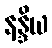
နန္ဒိယ